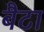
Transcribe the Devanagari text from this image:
बैटा